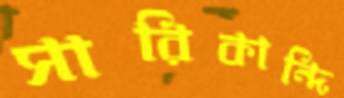
সারিকান্দি